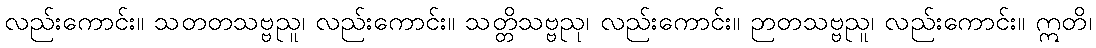
လည်းကောင်း။ သတတသဗ္ဗညူ၊ လည်းကောင်း။ သတ္တိသဗ္ဗညု၊ လည်းကောင်း။ ဉာတသဗ္ဗညူ၊ လည်းကောင်း။ ဣတိ၊